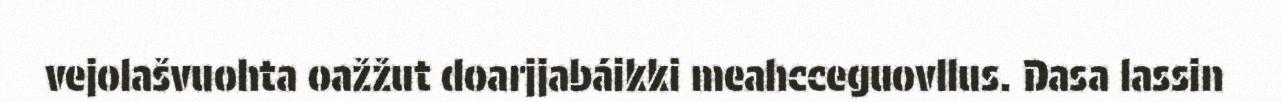
vejolašvuohta oažžut doarjjabáikki meahcceguovllus. Dasa lassin